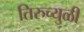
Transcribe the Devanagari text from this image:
तिरुच्युळी